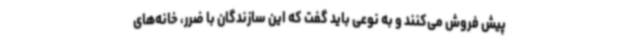
پیش فروش می‌کنند و به نوعی باید گفت که این سازندگان با ضرر، خانه‌های